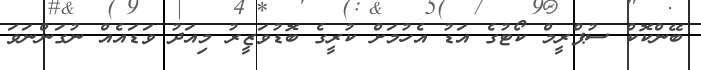
ބޭންކޮކް ސުޕްރީމް ކޯޓުގެ އަޑު އެހުމަށް ކުރީގެ ބޮޑުވަޒީރު މިއަދު ވަޑައެއް ނުގަންނަވަ